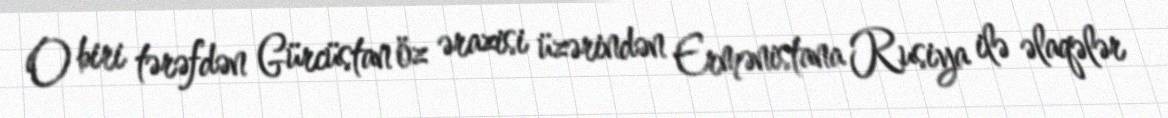
O biri tərəfdən Gürcüstan öz ərazisi üzərindən Ermənistana Rusiya ilə əlaqələr